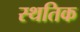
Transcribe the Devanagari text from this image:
स्थतिक